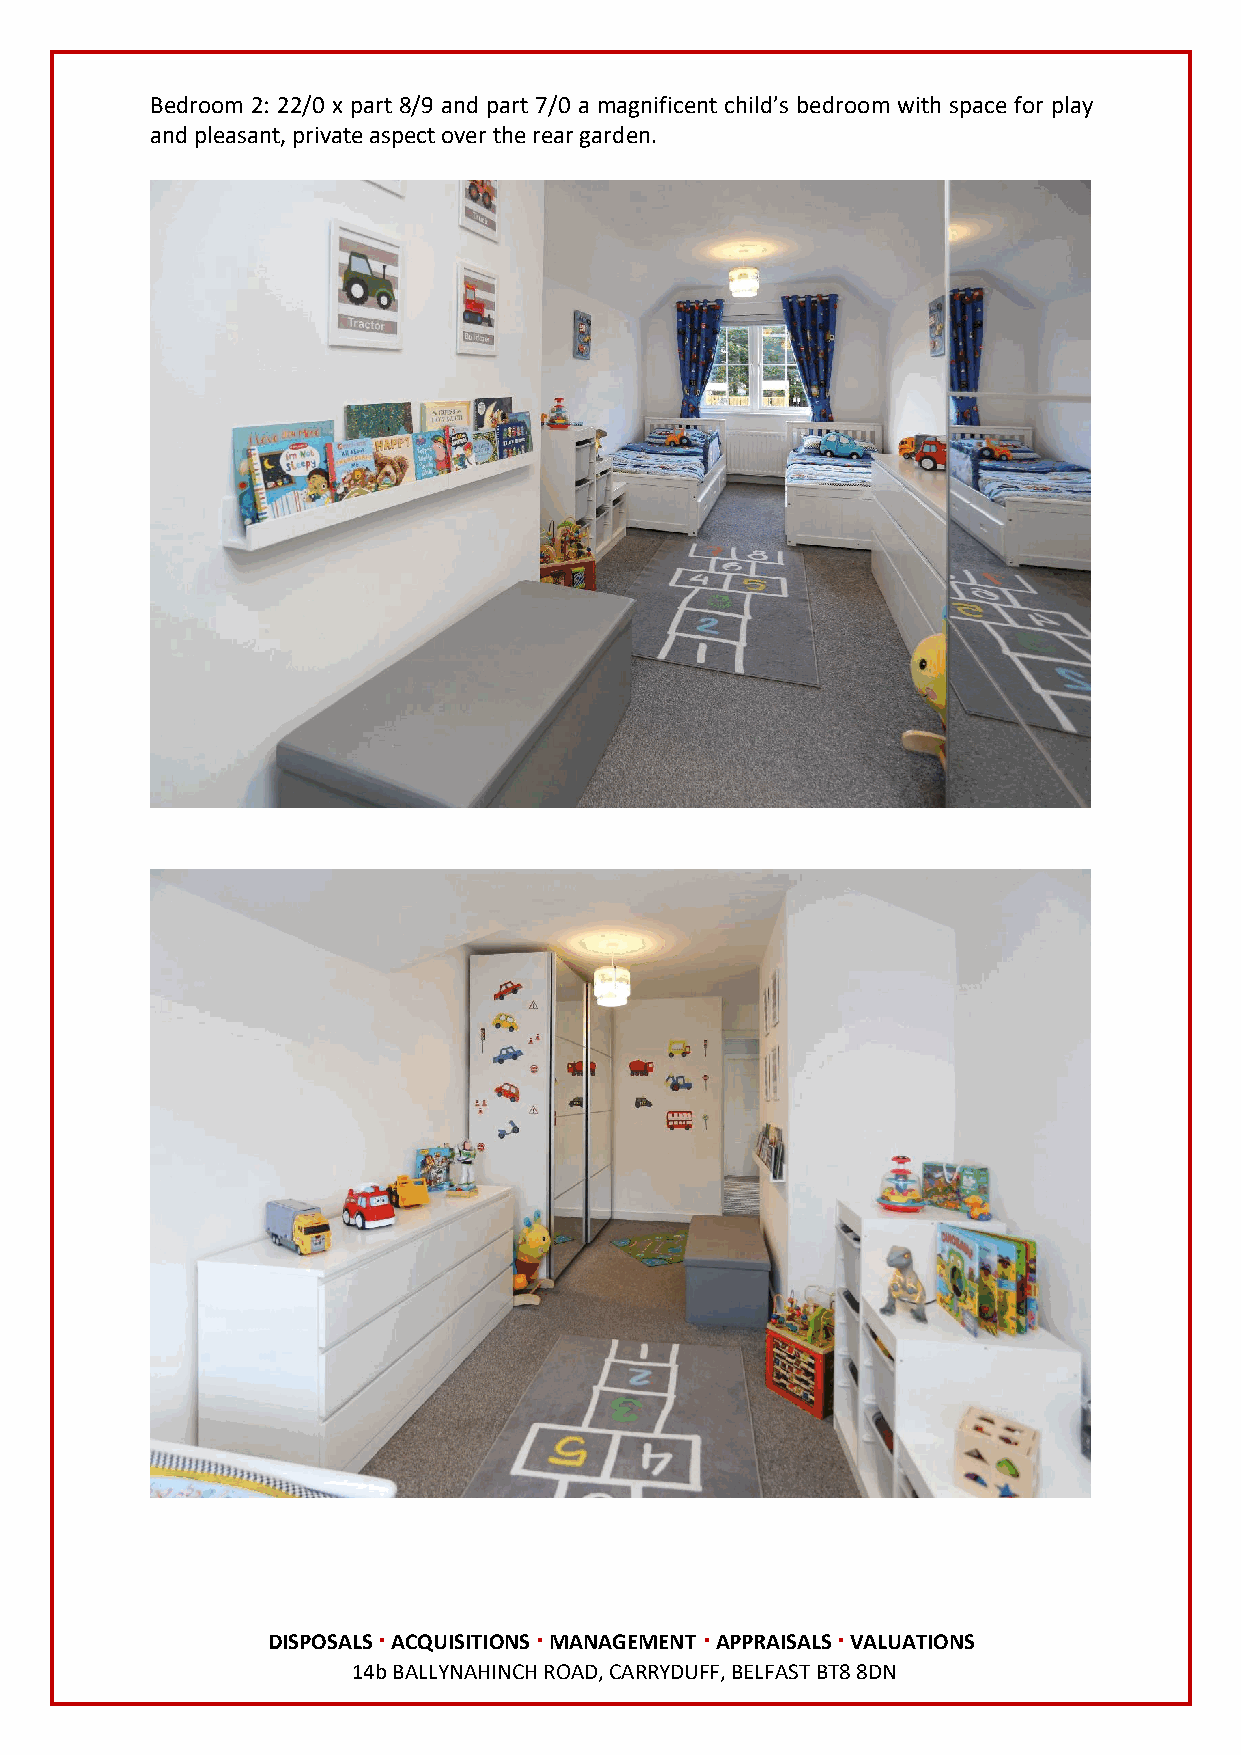
Bedroom 2: 22/0 x part 8/9 and part 7/0 a magnificent child’s bedroom with space for play
 and pleasant, private aspect over the rear garden.
 DISPOSALS ∙ ACQUISITIONS ∙ MANAGEMENT ∙ APPRAISALS ∙ VALUATIONS
 14b BALLYNAHINCH ROAD, CARRYDUFF, BELFAST BT8 8DN